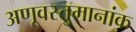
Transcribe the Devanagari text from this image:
अणूवस्तुमानांक